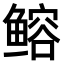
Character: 𫚦